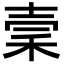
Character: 𥞤